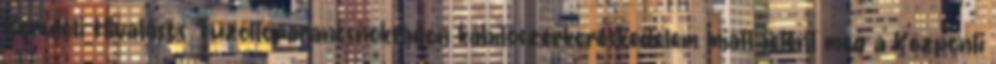
Kerületi Hivatásos Tűzoltóparancsnokságon kábítószerkereskedelem miatt jelent meg a Központi